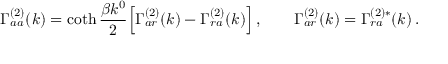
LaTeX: \Gamma _ { a a } ^ { ( 2 ) } ( k ) = \coth { \frac { \beta k ^ { 0 } } { 2 } } \Bigl [ \Gamma _ { a r } ^ { ( 2 ) } ( k ) - \Gamma _ { r a } ^ { ( 2 ) } ( k ) \Bigr ] \, , \qquad \Gamma _ { a r } ^ { ( 2 ) } ( k ) = \Gamma _ { r a } ^ { ( 2 ) * } ( k ) \, .